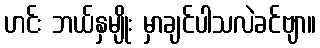
ဟင်း ဘယ်နှမျိုး မှာချင်ပါသလဲခင်ဗျာ။